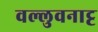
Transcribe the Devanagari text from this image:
वल्लुवनाट्ट